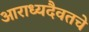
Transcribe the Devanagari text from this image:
आराध्यदैवतचे